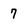
Character: 7